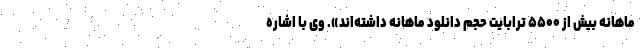
ماهانه بیش از ۵۵۰۰ ترابایت حجم دانلود ماهانه داشته‌اند». وی با اشاره